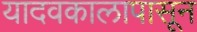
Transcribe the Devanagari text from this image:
यादवकालापासून